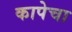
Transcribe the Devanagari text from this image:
कापेचा